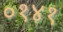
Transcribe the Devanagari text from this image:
०१४१